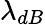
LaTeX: \lambda_{dB}